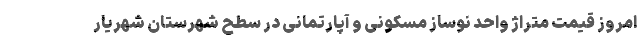
امروز قیمت متراژ واحد نوساز مسکونی و آپارتمانی در سطح شهرستان شهریار